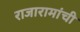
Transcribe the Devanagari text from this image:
राजारामांची